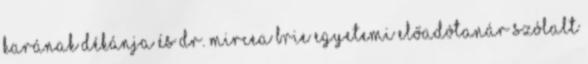
karának dékánja és Dr. Mircea Brie egyetemi előadótanár szólalt